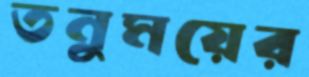
তনুময়ের